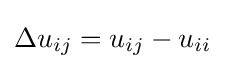
\Delta u_{ij}=u_{ij}-u_{ii}